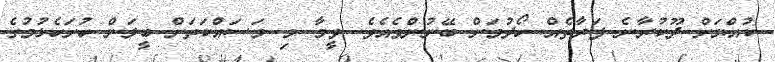
ކުއްޔަށް ދޫކުރާނެ ފަރާތެއް ހޯދުމަށް ބޭނުންވެއެވެ. ވީމާ މި މަސައްކަތަށް ބީލަން ހުށަހެޅުމުގެ